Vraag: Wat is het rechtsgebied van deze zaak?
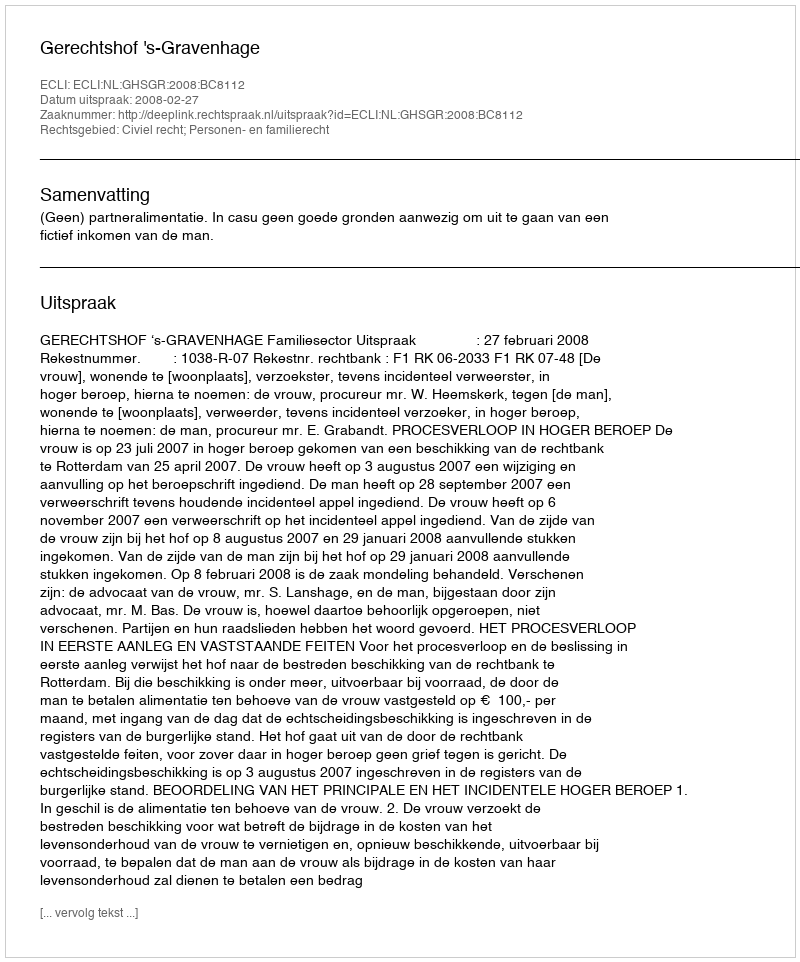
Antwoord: Civiel recht; Personen- en familierecht